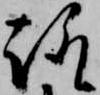
趣